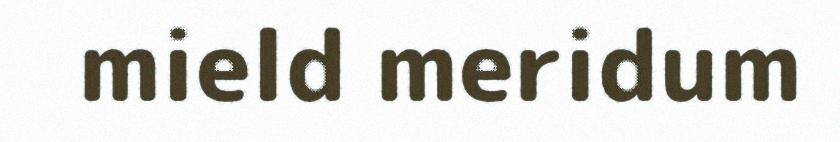
mield meridum